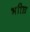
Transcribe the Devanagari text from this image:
भाीघ्र